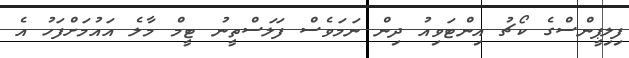
ފިލިޕީންސްގެ ކޯޗު އިންޓަވިއު ދިން ނަމަވެސް ފަލަސްތީނު ޓީމް މާލެ އައުމަށްފަހު އެ